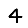
Digit: 4